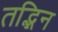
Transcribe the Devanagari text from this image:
तद्भिन